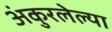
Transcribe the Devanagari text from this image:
अंकुरलेल्या